Civil Veterinary Department Bengal reports 1923-33 - 1923-1933
Year: 1923
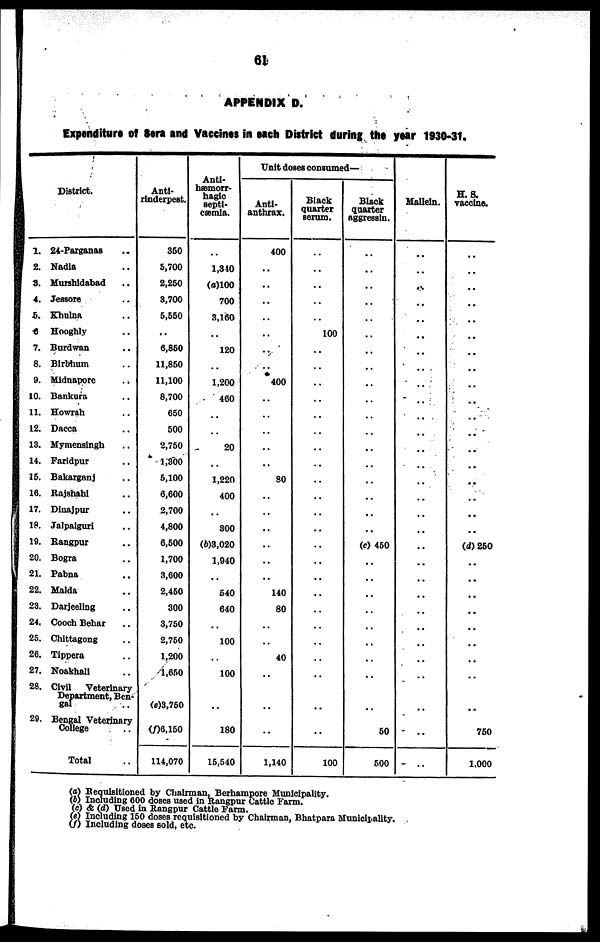
61
APPENDIX D.
Expenditure of Sera and Vaccinas in each District during the year 1930-31.
District.
1. 24-Parganas ..
2. Nadia ..
8. Murshidabad ..
4. Jessore ..
5. Khulna ..
6 Hooghly ..
7. Burdwan ..
8. Birbhum ..
9. Midnapore ..
10. Bankura ..
11. Howrah ..
12. Dacca ..
13. Mymensingh ..
14. Faridpur ..
15. Bakarganj ..
16. Rajshahi ..
17. Dinajpur ..
18. Jalpaiguri ..
19. Rangpur ..
20. Bogra ..
21. Pabna ..
22. Malda ..
23. Darjeeling ..
24. Cooch Behar ..
25. Chittagong ..
26. Tippera ..
27. Noakhali ..
28. Civil
Veterinary
Department, Ben-
gal ..
29. Bengal Veterinary
College ..
Total ..
Anti-
rinderpest.
350
5,700
2,250
3,700
5,550
..
6,850
11,850
11,100
8,700
650
500
2,750
1,300
5,100
6,600
2,700
4,800
6,500
1,700
3,600
2,450
300
3,750
2,750
1,200
1,650
(e)3,750
(f)6,150
114,070
Anti-
hæmorr-
hagic
septi-
cæmia.
..
1,340
(a)100
700
3,160
..
120
..
1.200
460
..
..
20
..
1,220
400
..
300
(6)3,020
1,940
..
540
640
..
100
..
100
..
180
15,540
Unit doses consumed—
Anti-
anthrax.
400
..
..
..
..
..
..
..
400
..
..
..
..
..
80
..
..
..
..
..
..
140
80
..
..
40
..
..
..
1,140
Black
quarter
serum.
..
..
..
..
..
100
..
..
..
..
..
..
..
..
..
..
..
..
..
..
..
..
..
..
..
..
..
..
..
100
Black
quarter
aggressin.
..
..
..
..
..
..
..
..
..
..
..
..
..
..
..
..
..
..
(c) 450
..
..
..
..
..
..
..
..
..
50
500
Mallein.
..
..
..
..
..
..
..
..
..
..
..
..
..
..
..
..
..
..
..
..
..
..
..
..
..
..
..
..
..
..
H. S.
vaccine.
..
..
..
..
..
..
..
..
..
..
..
..
..
..
..
..
..
..
(d) 250
..
..
..
..
..
..
..
..
..
750
1.000
(a) Requisitioned by Chairman, Berhampore Municipality.
(b) Including 600 doses used in Rangpur Cattle Farm.
(c) & (d) Used in Rangpur Cattle Farm.
(e) Including 150 doses requisitioned by Chairman, Bhatpara Municipality.
(f) Including doses sold, etc.